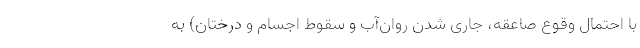
با احتمال وقوع صاعقه، جاری شدن روان‌آب و سقوط اجسام و درختان) به